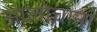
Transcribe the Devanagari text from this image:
आलोचाना